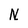
Character: N